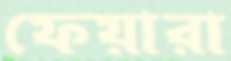
ফেয়ারা